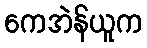
ကေအဲန်ယူက